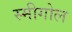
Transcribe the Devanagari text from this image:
स्मीगोल